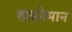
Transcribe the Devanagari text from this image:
हाइनेमान